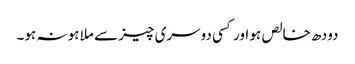
دودھ خالص ہو اور کسی دوسری چیز سے ملا ہو نہ ہو۔